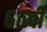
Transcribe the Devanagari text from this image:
६ठवीँ